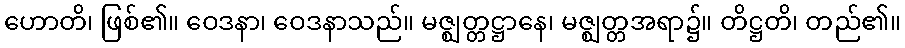
ဟောတိ၊ ဖြစ်၏။ ဝေဒနာ၊ ဝေဒနာသည်။ မဇ္ဈတ္တဋ္ဌာနေ၊ မဇ္ဈတ္တအရာ၌။ တိဋ္ဌတိ၊ တည်၏။